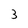
Character: 3